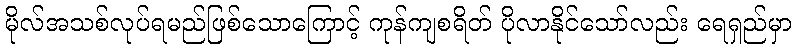
မိုလ်အသစ်လုပ်ရမည်ဖြစ်သောကြောင့် ကုန်ကျစရိတ် ပိုလာနိုင်သော်လည်း ရေရှည်မှာ